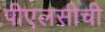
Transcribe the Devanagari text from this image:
पीएलसीची